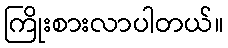
ကြိုးစားလာပါတယ်။